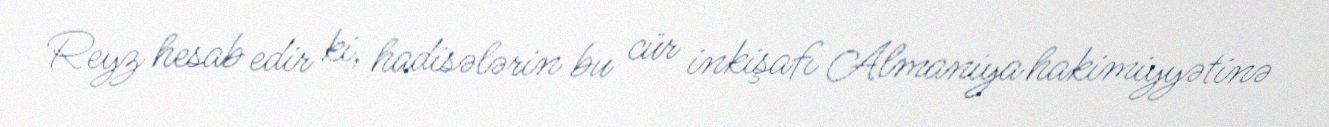
Reyz hesab edir ki, hadisələrin bu cür inkişafı Almaniya hakimiyyətinə